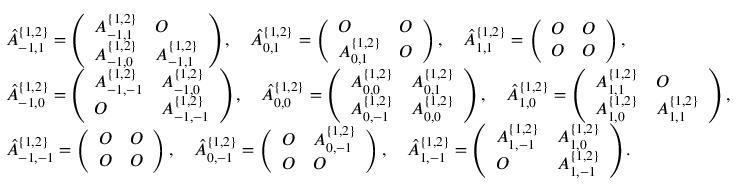
\begin{array} { r l } & { \hat { A } _ { - 1 , 1 } ^ { \{ 1 , 2 \} } = \left( \begin{array} { l l } { A _ { - 1 , 1 } ^ { \{ 1 , 2 \} } } & { O } \\ { A _ { - 1 , 0 } ^ { \{ 1 , 2 \} } } & { A _ { - 1 , 1 } ^ { \{ 1 , 2 \} } } \end{array} \right) , \quad \hat { A } _ { 0 , 1 } ^ { \{ 1 , 2 \} } = \left( \begin{array} { l l } { O } & { O } \\ { A _ { 0 , 1 } ^ { \{ 1 , 2 \} } } & { O } \end{array} \right) , \quad \hat { A } _ { 1 , 1 } ^ { \{ 1 , 2 \} } = \left( \begin{array} { l l } { O } & { O } \\ { O } & { O } \end{array} \right) , } \\ & { \hat { A } _ { - 1 , 0 } ^ { \{ 1 , 2 \} } = \left( \begin{array} { l l } { A _ { - 1 , - 1 } ^ { \{ 1 , 2 \} } } & { A _ { - 1 , 0 } ^ { \{ 1 , 2 \} } } \\ { O } & { A _ { - 1 , - 1 } ^ { \{ 1 , 2 \} } } \end{array} \right) , \quad \hat { A } _ { 0 , 0 } ^ { \{ 1 , 2 \} } = \left( \begin{array} { l l } { A _ { 0 , 0 } ^ { \{ 1 , 2 \} } } & { A _ { 0 , 1 } ^ { \{ 1 , 2 \} } } \\ { A _ { 0 , - 1 } ^ { \{ 1 , 2 \} } } & { A _ { 0 , 0 } ^ { \{ 1 , 2 \} } } \end{array} \right) , \quad \hat { A } _ { 1 , 0 } ^ { \{ 1 , 2 \} } = \left( \begin{array} { l l } { A _ { 1 , 1 } ^ { \{ 1 , 2 \} } } & { O } \\ { A _ { 1 , 0 } ^ { \{ 1 , 2 \} } } & { A _ { 1 , 1 } ^ { \{ 1 , 2 \} } } \end{array} \right) , } \\ & { \hat { A } _ { - 1 , - 1 } ^ { \{ 1 , 2 \} } = \left( \begin{array} { l l } { O } & { O } \\ { O } & { O } \end{array} \right) , \quad \hat { A } _ { 0 , - 1 } ^ { \{ 1 , 2 \} } = \left( \begin{array} { l l } { O } & { A _ { 0 , - 1 } ^ { \{ 1 , 2 \} } } \\ { O } & { O } \end{array} \right) , \quad \hat { A } _ { 1 , - 1 } ^ { \{ 1 , 2 \} } = \left( \begin{array} { l l } { A _ { 1 , - 1 } ^ { \{ 1 , 2 \} } } & { A _ { 1 , 0 } ^ { \{ 1 , 2 \} } } \\ { O } & { A _ { 1 , - 1 } ^ { \{ 1 , 2 \} } } \end{array} \right) . } \end{array}